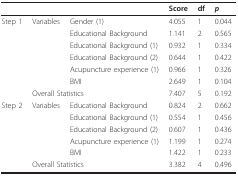
|  |  |  | Score | df | p |
 | --- | --- | --- | --- | --- | --- |
 | Step 1 | Variables | Gender (1) | 4.055 | 1 | 0.044 |
 |  |  | Educational Background | 1.141 | 2 | 0.565 |
 |  |  | Educational Background (1) | 0.932 | 1 | 0.334 |
 |  |  | Educational Background (2) | 0.644 | 1 | 0.422 |
 |  |  | Acupuncture experience (1) | 0.966 | 1 | 0.326 |
 |  |  | BMI | 2.649 | 1 | 0.104 |
 |  | <COLSPAN=2> Overall Statistics | 7.407 | 5 | 0.192 |
 | Step 2 | Variables | Educational Background | 0.824 | 2 | 0.662 |
 |  |  | Educational Background (1) | 0.554 | 1 | 0.456 |
 |  |  | Educational Background (2) | 0.607 | 1 | 0.436 |
 |  |  | Acupuncture experience (1) | 1.199 | 1 | 0.274 |
 |  |  | BMI | 1.422 | 1 | 0.233 |
 |  | <COLSPAN=2> Overall Statistics | 3.382 | 4 | 0.496 |